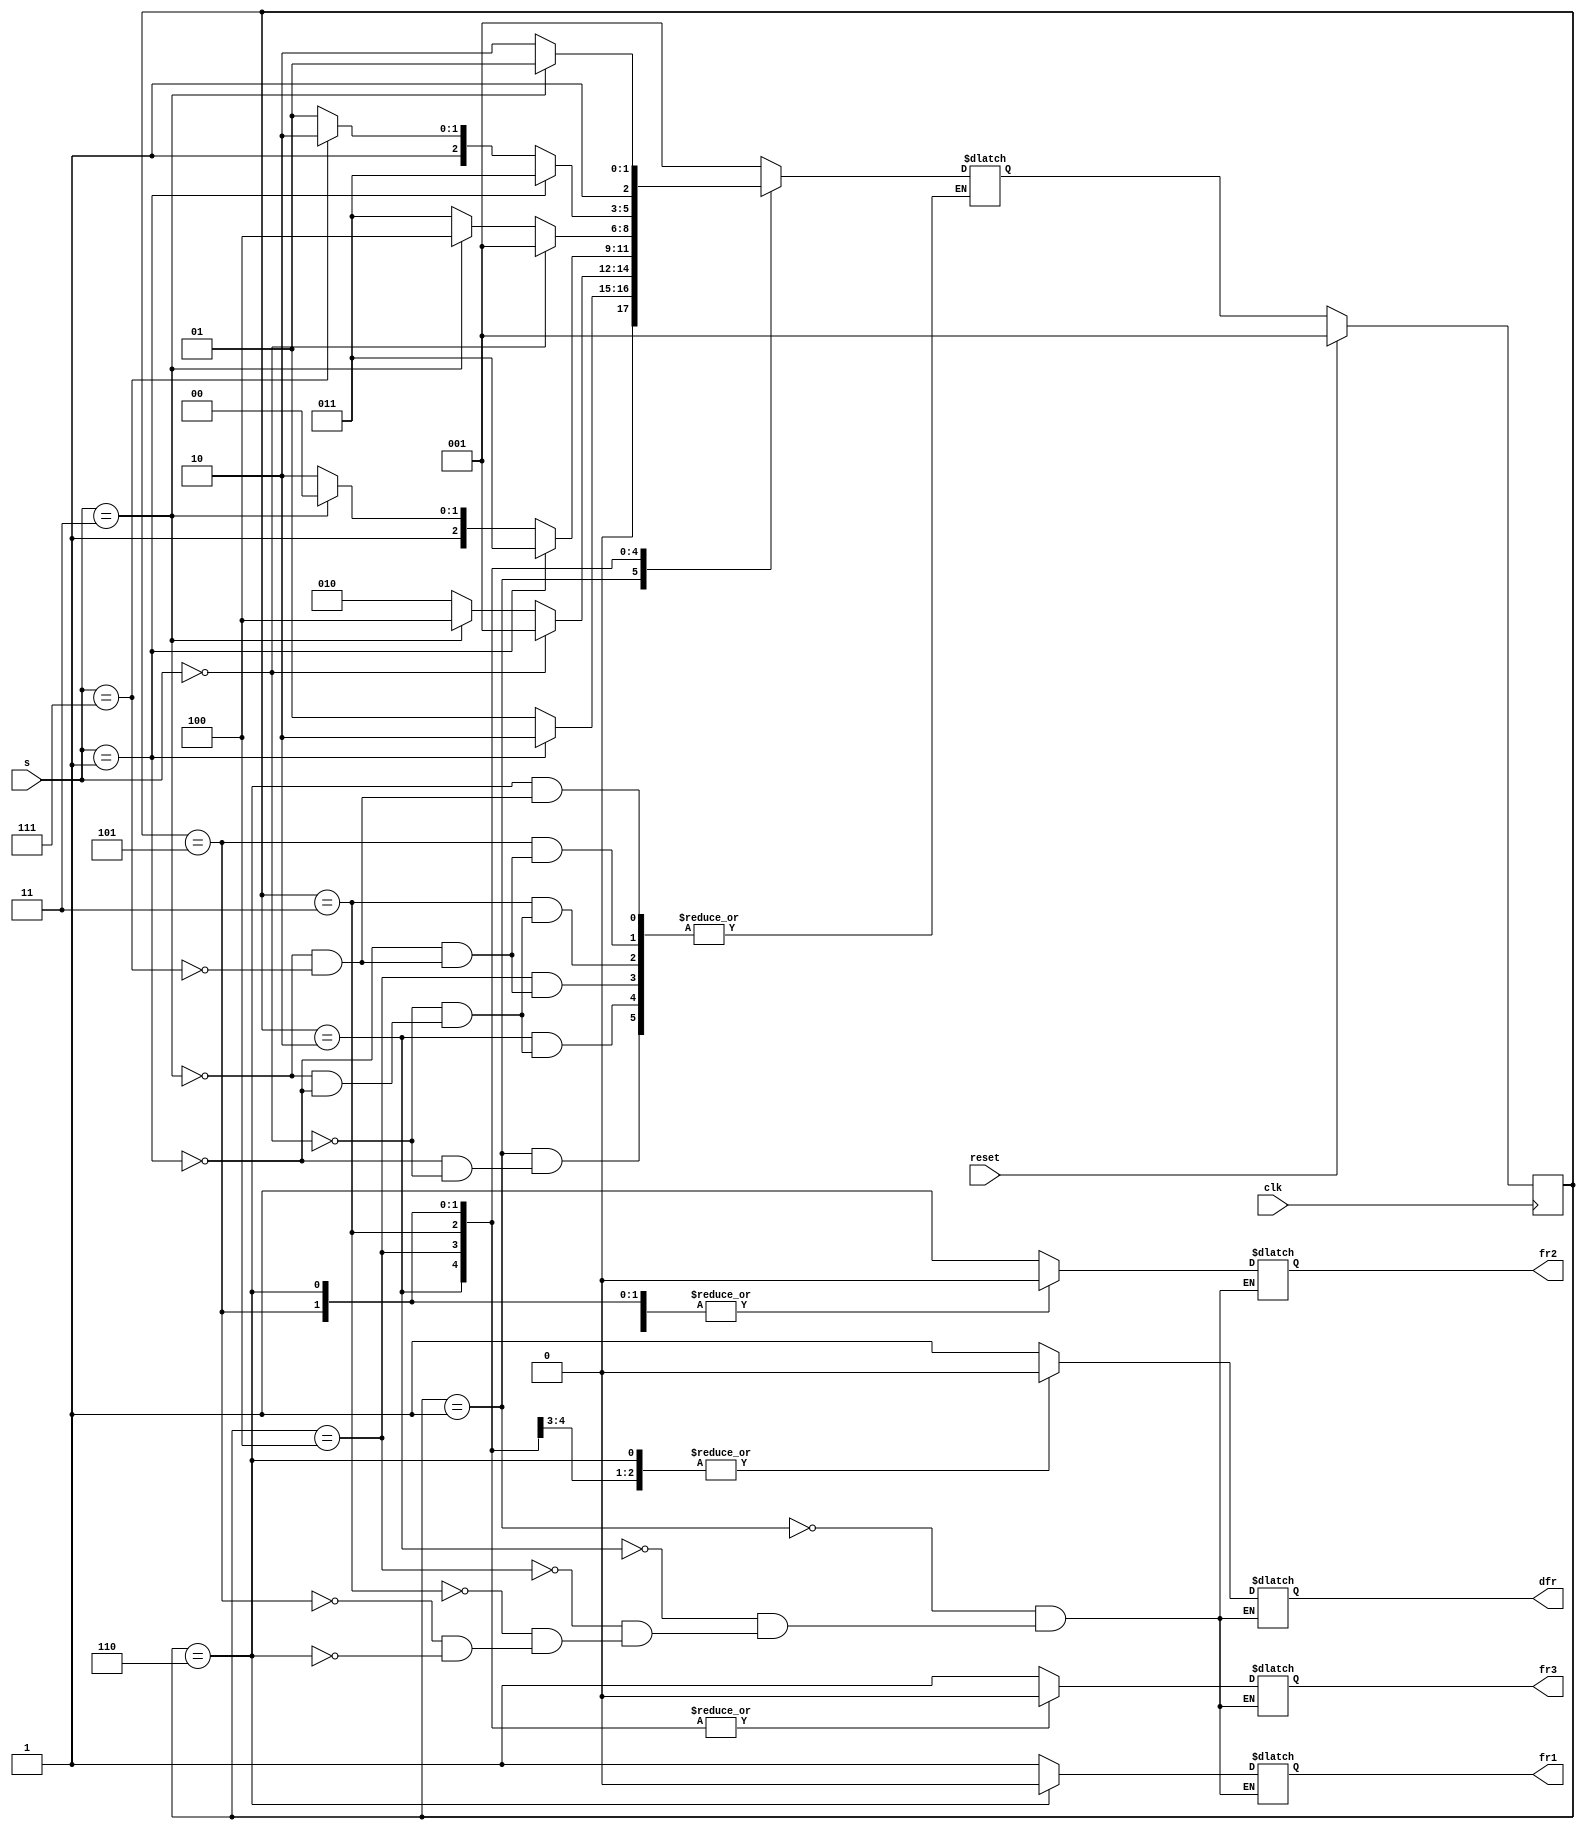
module top_module (
    input clk,
    input reset,
    input [3:1] s,
    output fr3,
    output fr2,
    output fr1,
    output dfr
); 
    
    //u -> upper_sensors && l -> lower_sensors
    parameter S0 = 3'd1, S1_u = 3'd2, S1_l = 3'd3, S2_u = 3'd4, S2_l = 3'd5, S3 = 3'd6;
    reg [2:0]state, next_state;
    
    //reset & state_logic
	always@(posedge clk)
        begin
			if(reset) 
                state <= S0;
			else 
                state <= next_state;
        end
    
    //next_state logic
    always @(state,s)
        begin
			case(state)
                S0: if(s == 3'b001) 
                    	next_state <= S1_u;
                	else if(s == 3'b000) 
                        next_state <= S0;
                
                S1_u: if(s == 3'b000)
                    	next_state <= S0;
                	else if(s == 3'b011)
                    	next_state <= S2_u;
                	else if(s == 3'b001)
                    	next_state <= S1_u;
                
                S2_u: if(s == 3'b001)
                    next_state <= S1_l;
                	else if(s == 3'b011)
                    	next_state <= S2_u;
                	else if(s == 3'b111)
                    	next_state <= S3;
                
                S1_l: if(s == 3'b000)
                    	next_state <= S0; 
                	else if(s == 3'b011)
                        next_state <= S2_u;  
                	else if(s == 3'b001)
                    	next_state <= S1_l;
                
                S2_l: if(s == 3'b001)
                    	next_state <= S1_l;
                	else if(s == 3'b111)
                    	next_state <= S3;
                	else if(s == 3'b011)
                    	next_state <= S2_l;
                
                S3: if(s == 3'b011)
                    	next_state <= S2_l;
                	else if(s == 3'b111)
                    	next_state <= S3;
                
                default: next_state <= S0;
           endcase
        end
    
    //output_logic
    always@(state)
        begin
            case(state)
                S0: {dfr, fr3, fr2,fr1} = 4'b1111;
                S1_u: {dfr, fr3, fr2, fr1} = 4'b0011;
                S2_u: {dfr, fr3, fr2, fr1} = 4'b0001;
                S1_l: {dfr, fr3, fr2, fr1} = 4'b1011;
                S2_l: {dfr, fr3, fr2,fr1} = 4'b1001;
                S3: {dfr, fr3, fr2, fr1} = 4'b0000;
            endcase
        end
    
endmodule